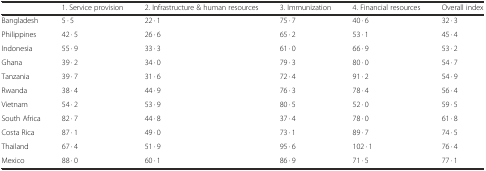
<table><thead><tr><td></td><td><b>1. Service provision</b></td><td><b>2. Infrastructure &amp; human resources</b></td><td><b>3. Immunization</b></td><td><b>4. Financial resources</b></td><td><b>Overall index</b></td></tr></thead><tbody><tr><td>Bangladesh</td><td>5 · 5</td><td>22 · 1</td><td>75 · 7</td><td>40 · 6</td><td>32 · 3</td></tr><tr><td>Philippines</td><td>42 · 5</td><td>26 · 6</td><td>65 · 2</td><td>53 · 1</td><td>45 · 4</td></tr><tr><td>Indonesia</td><td>55 · 9</td><td>33 · 3</td><td>61 · 0</td><td>66 · 9</td><td>53 · 2</td></tr><tr><td>Ghana</td><td>39 · 2</td><td>34 · 0</td><td>79 · 3</td><td>80 · 0</td><td>54 · 7</td></tr><tr><td>Tanzania</td><td>39 · 7</td><td>31 · 6</td><td>72 · 4</td><td>91 · 2</td><td>54 · 9</td></tr><tr><td>Rwanda</td><td>38 · 4</td><td>44 · 9</td><td>76 · 3</td><td>78 · 4</td><td>56 · 4</td></tr><tr><td>Vietnam</td><td>54 · 2</td><td>53 · 9</td><td>80 · 5</td><td>52 · 0</td><td>59 · 5</td></tr><tr><td>South Africa</td><td>82 · 7</td><td>44 · 8</td><td>37 · 4</td><td>78 · 0</td><td>61 · 8</td></tr><tr><td>Costa Rica</td><td>87 · 1</td><td>49 · 0</td><td>73 · 1</td><td>89 · 7</td><td>74 · 5</td></tr><tr><td>Thailand</td><td>67 · 4</td><td>51 · 9</td><td>95 · 6</td><td>102 · 1</td><td>76 · 4</td></tr><tr><td>Mexico</td><td>88 · 0</td><td>60 · 1</td><td>86 · 9</td><td>71 · 5</td><td>77 · 1</td></tr></tbody></table>